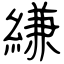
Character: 縑